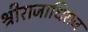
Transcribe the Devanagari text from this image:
श्रीराजाधिराज